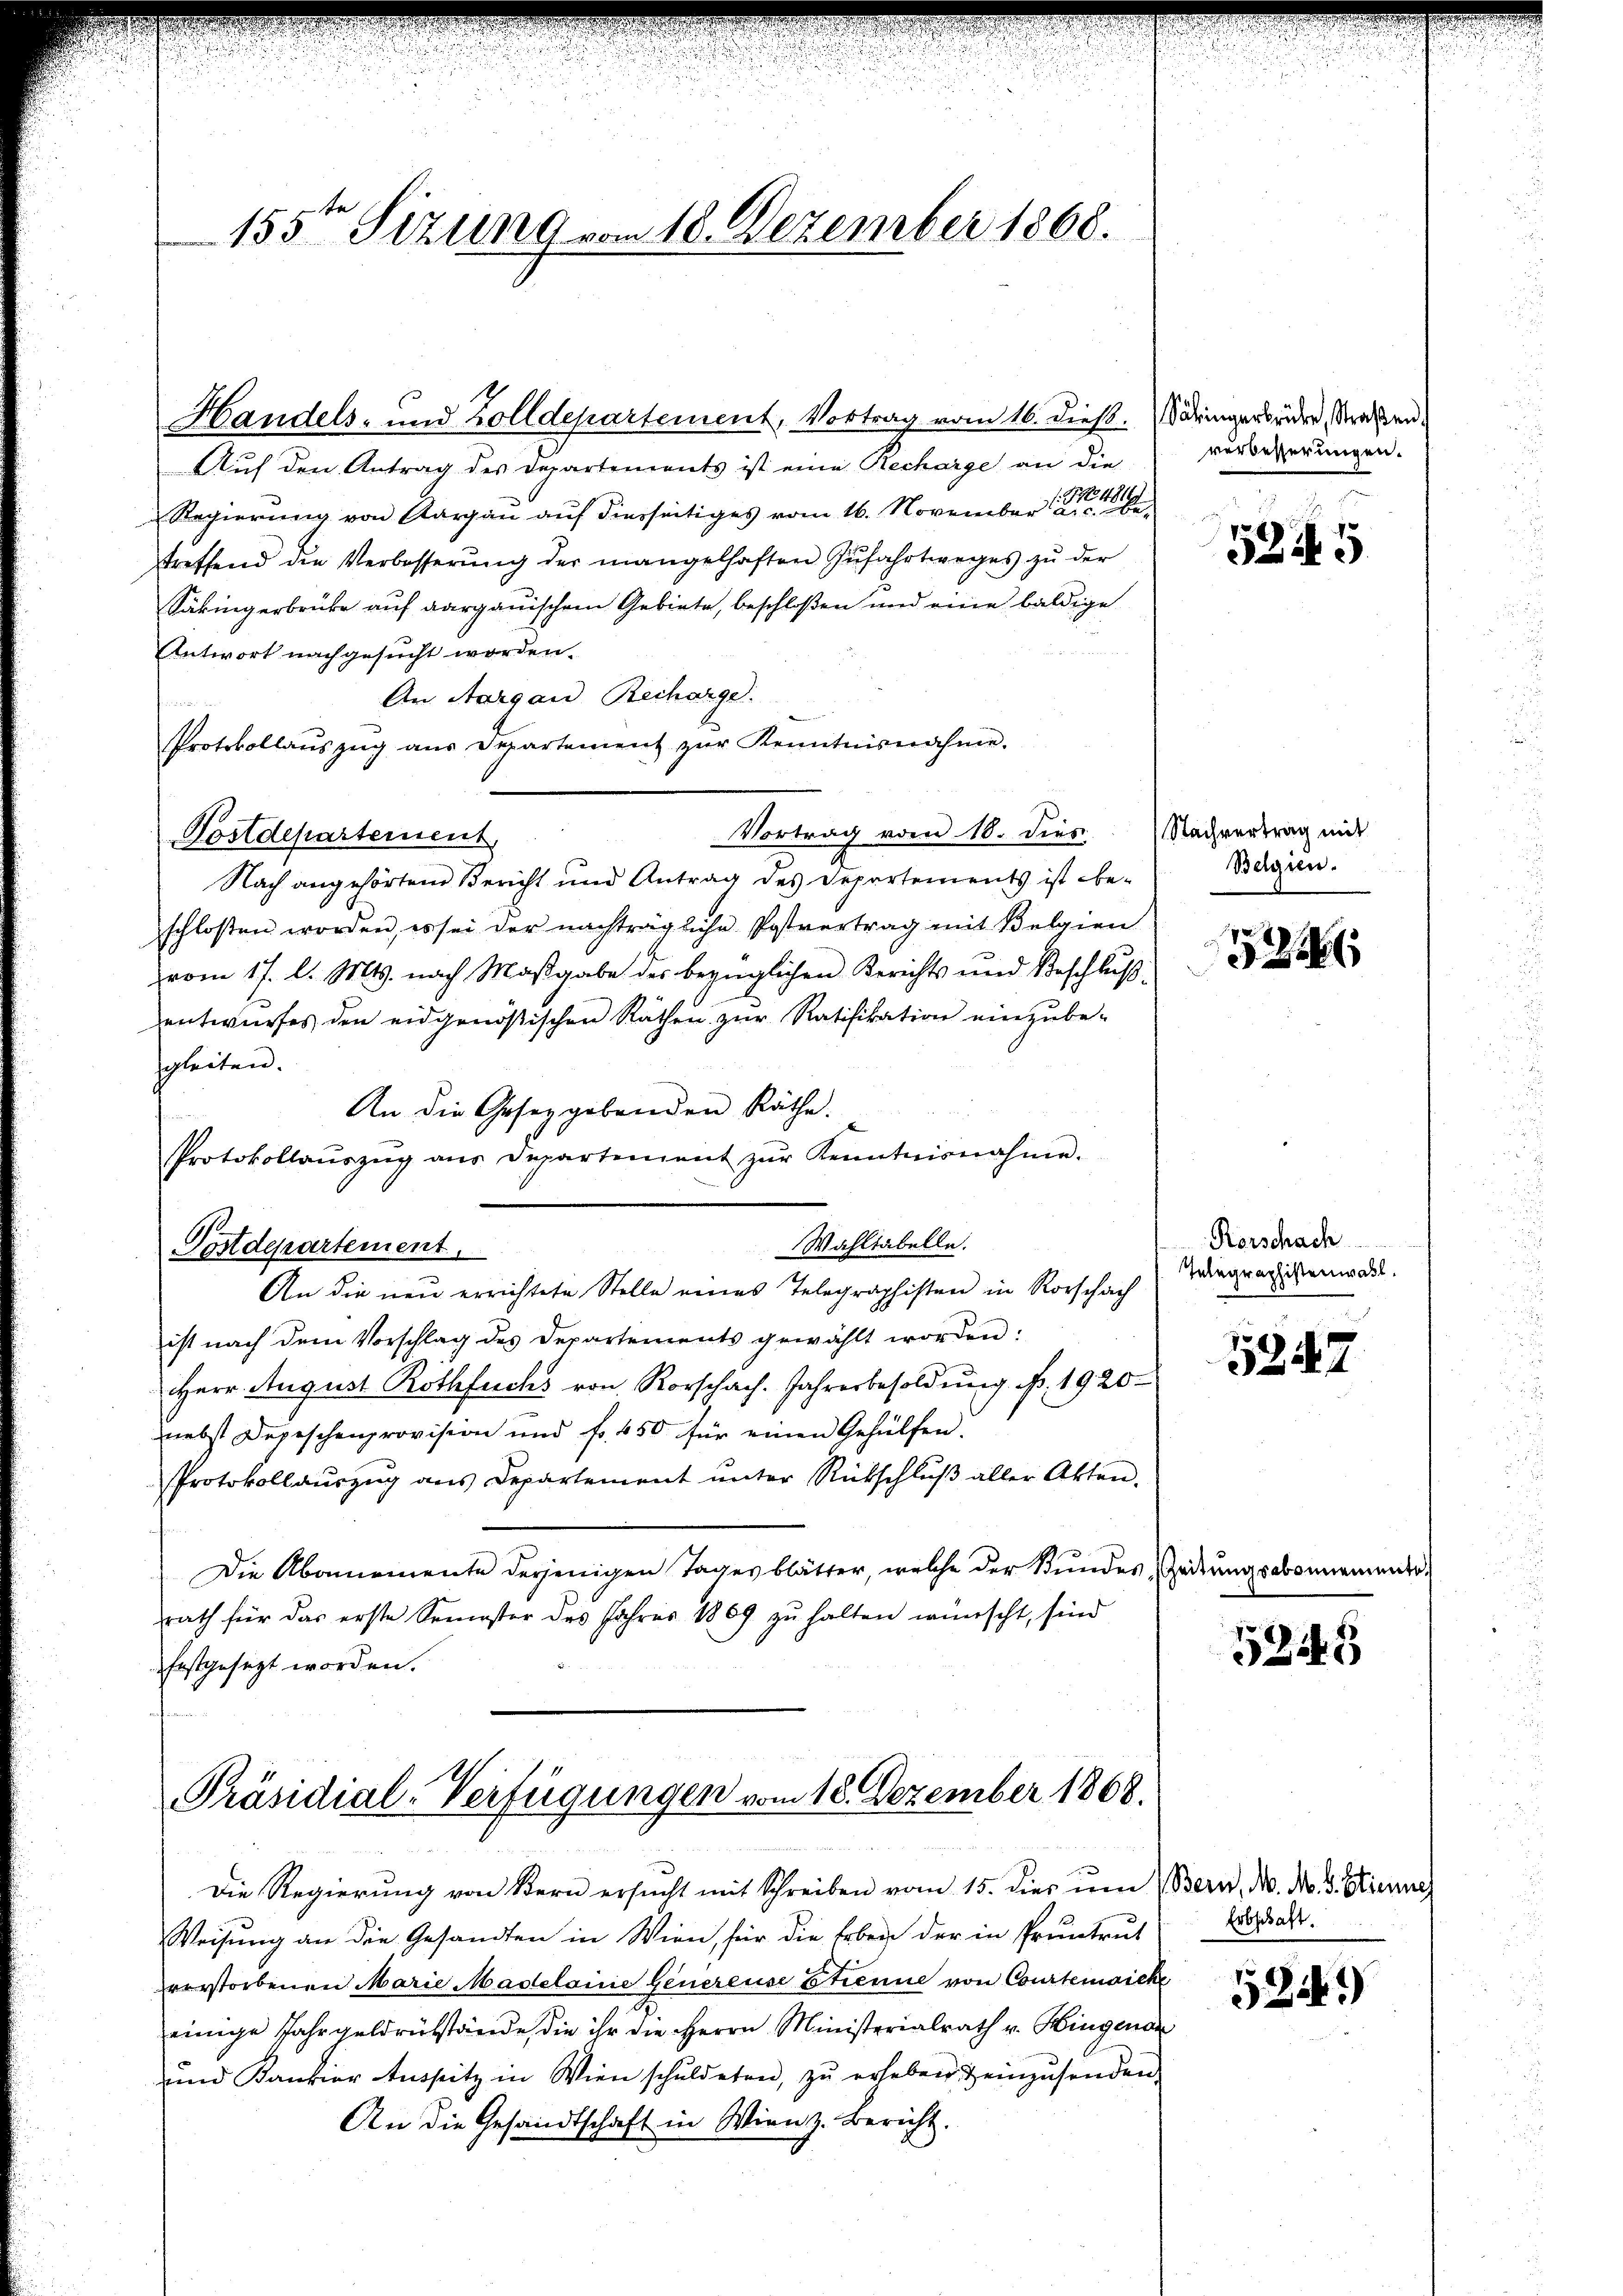
155ten Sizung vom 18. Dezember 1868.

Handels- und Zolldepartement, Vortrag vom 16. dieß. Säringerbrüder, Straßen
Auf den Antrag des Departements ist eine Recharge an die
Regierŭng von Aargau aŭf diesseitiges vom 16. November
treffend die Verbesserŭng der mangelhaften Zŭfahrtweges zu der
Säkingerbrücke auf aargauischem Gebiete, beschloßen und eine baldige
Antwort nachgesucht worden.
An Aargau Recharge
t
Protokollaŭszŭg aŭs Departement zŭr Kenntnisnahme.
Vortrag vom 18. dies
Postdepartement
Nach angehörten Bericht und Antrag des Departements ist be-
schloßen worden, es sei der nachträgliche Postvertrag mit Belgien
vom 17. l. Mts. nach Maßgabe des bezüglichen Berichts und Beschlŭβ
entwurfes den eidgenößischen Räthen zur Ratifikation einzube-
gleiten.
An die Gesetzgebenden Räthe.
Protokollaŭszŭg aŭs Departement zŭr Kenntnisnahme.
Wahltabelle.
Postdepartement.
An die neu errichtete Stelle eines Telegraphisten in Rorschach
ist nach dem Vorschlag des Departements gewählt worden:
Herr August Rothfuchs von Rorschach. Jahresbesoldŭng N. 1920.
nebst Depeschenprovision und fr. 450 für einen Gehülfen.
Protokollaŭszŭg ans Departement ŭnter Rückschlŭβ aller Akten.
Die Abonnemente derjenigen Tages blätter, welche der Stundes Zeitungsabonnemento.
rath für das erste Semester des Jahres 1869 zŭ halten wünscht, sind
festgesezt worden.

Präsidial-Verfügungen vom 18. Dezember 1868.

Die Regierung von Bern ersŭcht mit Schreiben vom 15. dies um Bern, N. N. 3 Stienne
Weisung an die Gesandten in Wien, für die Erben der in Pruntrut
verstorbenen Marie Mastelaine Genereise Etienne von Courtenaiche
einige Jahrgeldrükstände die ihr die Herrn Ministerialrath v. Hingenan
ŭnd Kantier Aŭssitz in Wien schuldeten, zŭ erheben, & einzŭsenden,
An die Gesandtschaft in Wien z. Bericht.

verbesserungen.

5245

Nachvertrag mit
Belgien.

526

Rorschach
Telegraphistenwasl.

5847

5248

Erbschaft.

5241)